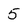
Character: 5